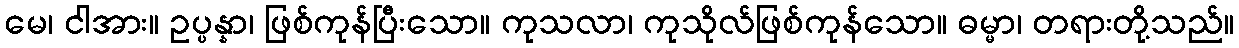
မေ၊ ငါအား။ ဥပ္ပန္နာ၊ ဖြစ်ကုန်ပြီးသော။ ကုသလာ၊ ကုသိုလ်ဖြစ်ကုန်သော။ ဓမ္မာ၊ တရားတို့သည်။